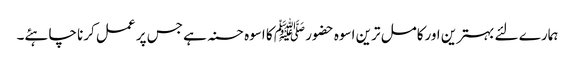
ہمارے لئے بہترین اورکامل ترین اسوہ حضور ﷺ کا اسوہ حسنہ ہے جس پر عمل کرنا چاہئے۔